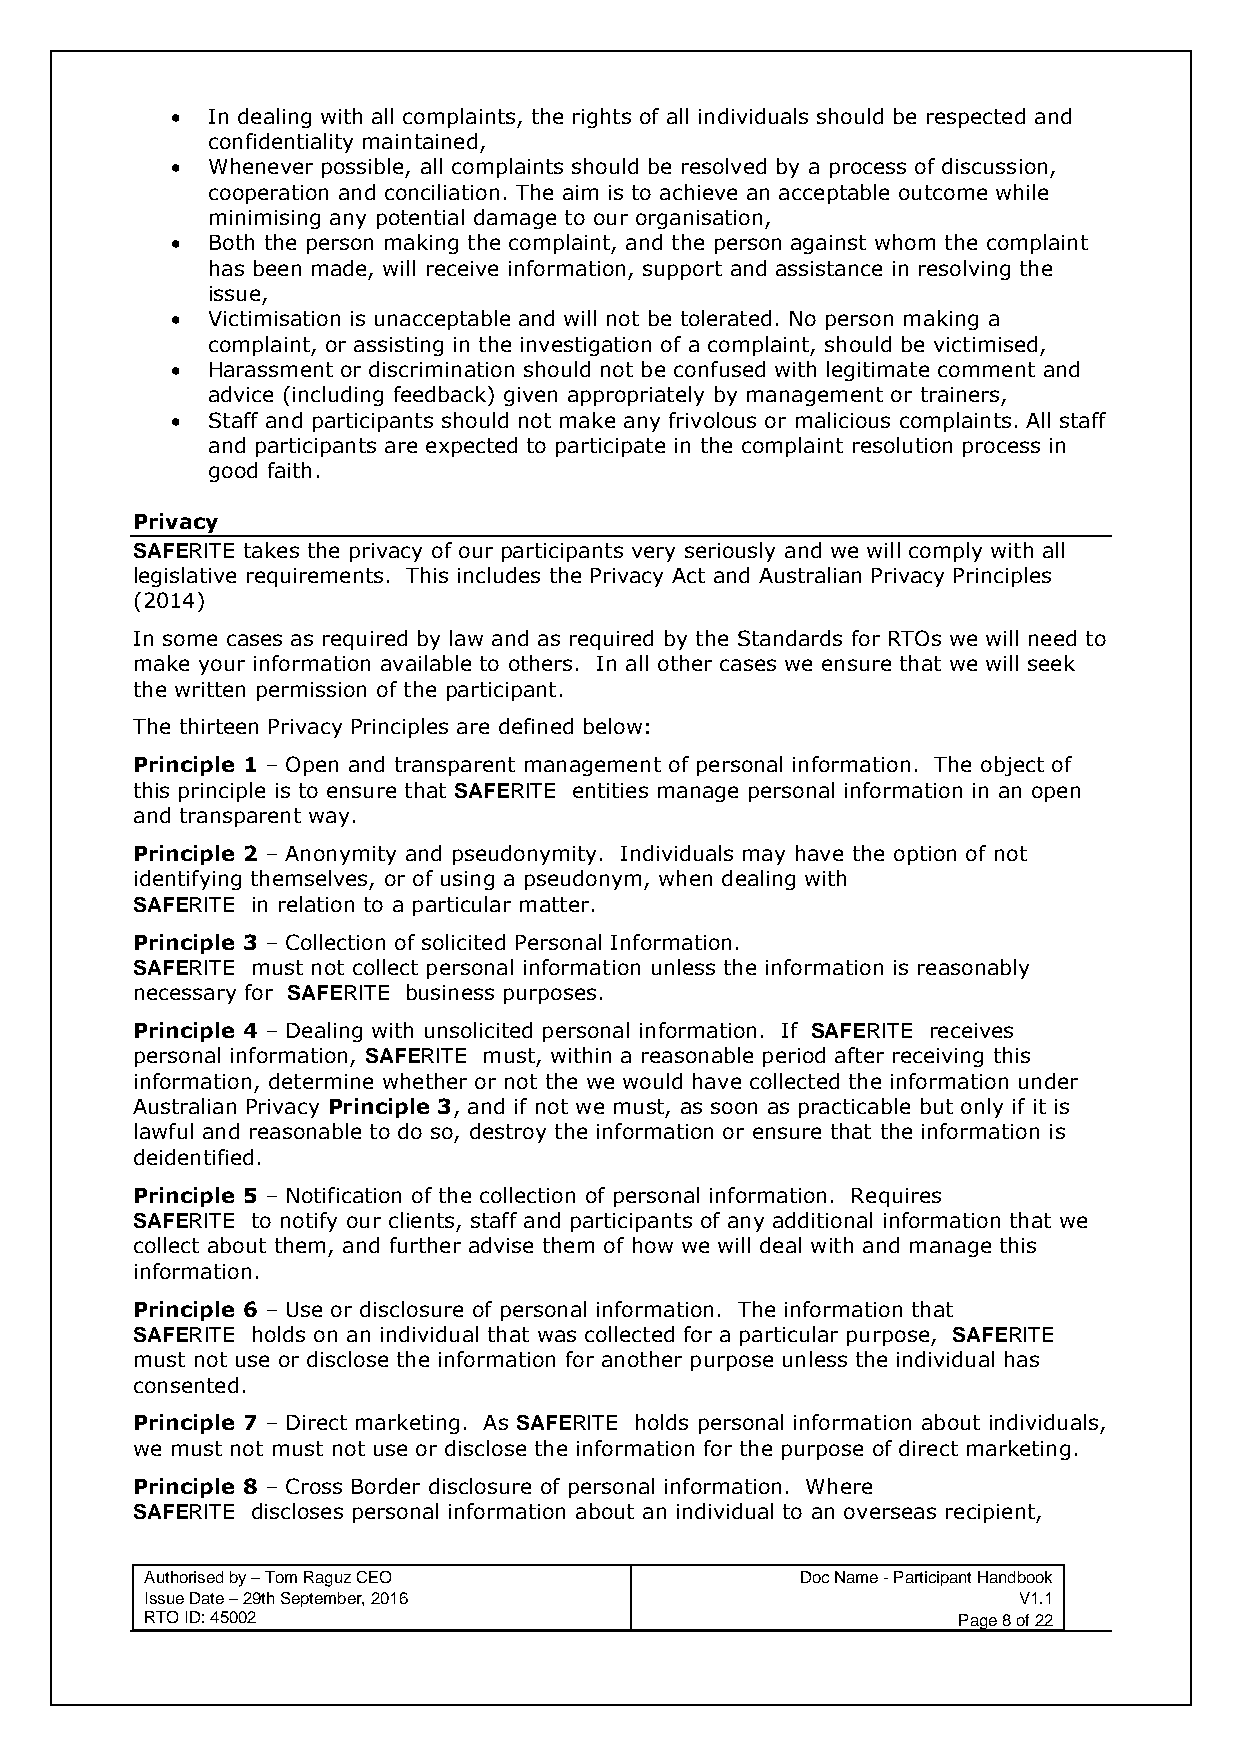
•  In dealing with all complaints, the rights of all individuals should be respected and
 confidentiality maintained,
 •  Whenever possible, all complaints should be resolved by a process of discussion,
 cooperation and conciliation. The aim is to achieve an acceptable outcome while
 minimising any potential damage to our organisation,
 •  Both the person making the complaint, and the person against whom the complaint
 has been made, will receive information, support and assistance in resolving the
 issue,
 •  Victimisation is unacceptable and will not be tolerated. No person making a
 complaint, or assisting in the investigation of a complaint, should be victimised,
 •  Harassment or discrimination should not be confused with legitimate comment and
 advice (including feedback) given appropriately by management or trainers,
 •  Staff and participants should not make any frivolous or malicious complaints. All staff
 and participants are expected to participate in the complaint resolution process in
 good faith.
 Privacy
 SAFERITE takes the privacy of our participants very seriously and we will comply with all
 legislative requirements. This includes the Privacy Act and Australian Privacy Principles
 (2014)
 In some cases as required by law and as required by the Standards for RTOs we will need to
 make your information available to others. In all other cases we ensure that we will seek
 the written permission of the participant.
 The thirteen Privacy Principles are defined below:
 Principle 1 – Open and transparent management of personal information. The object of
 this principle is to ensure that SAFERITE entities manage personal information in an open
 and transparent way.
 Principle 2 – Anonymity and pseudonymity. Individuals may have the option of not
 identifying themselves, or of using a pseudonym, when dealing with
 SAFERITE in relation to a particular matter.
 Principle 3 – Collection of solicited Personal Information.
 SAFERITE must not collect personal information unless the information is reasonably
 necessary for SAFERITE business purposes.
 Principle 4 – Dealing with unsolicited personal information. If SAFERITE receives
 personal information, SAFERITE must, within a reasonable period after receiving this
 information, determine whether or not the we would have collected the information under
 Australian Privacy Principle 3, and if not we must, as soon as practicable but only if it is
 lawful and reasonable to do so, destroy the information or ensure that the information is
 deidentified.
 Principle 5 – Notification of the collection of personal information. Requires
 SAFERITE to notify our clients, staff and participants of any additional information that we
 collect about them, and further advise them of how we will deal with and manage this
 information.
 Principle 6 – Use or disclosure of personal information. The information that
 SAFERITE holds on an individual that was collected for a particular purpose, SAFERITE
 must not use or disclose the information for another purpose unless the individual has
 consented.
 Principle 7 – Direct marketing. As SAFERITE holds personal information about individuals,
 we must not must not use or disclose the information for the purpose of direct marketing.
 Principle 8 – Cross Border disclosure of personal information. Where
 SAFERITE discloses personal information about an individual to an overseas recipient,
 Authorised by – Tom Raguz CEO              Doc Name - Participant Handbook
 Issue Date – 29th September, 2016                        V1.1
 RTO ID: 45002                                        Page 8 of 22